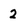
Character: 2